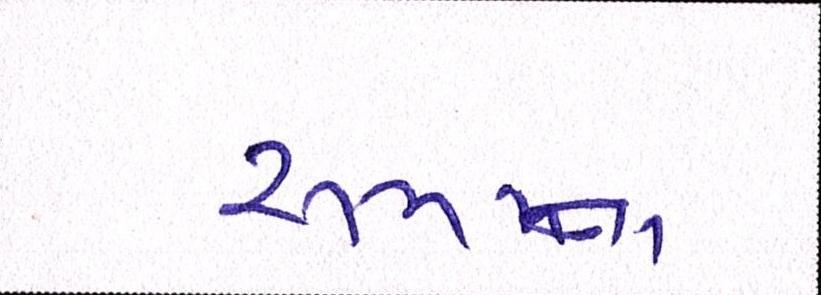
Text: રૂમનાં